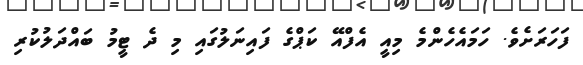
ފަހަރަށެވެ. ހަމައެހެންމެ މިއީ އެފްއޭ ކަޕްގެ ފައިނަލުގައި މި ދެ ޓީމު ބައްދަލުކުރި